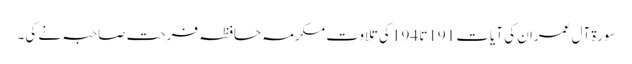
سورۃ آل عمران کی آیات 191تا 194 کی تلاوت مکرمہ حافظہ فرحت صاحبہ نے کی۔